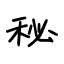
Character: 秘